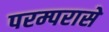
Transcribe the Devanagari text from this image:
परम्परासे